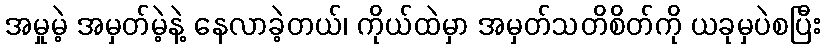
အမှုမဲ့ အမှတ်မဲ့နဲ့ နေလာခဲ့တယ်၊ ကိုယ်ထဲမှာ အမှတ်သတိစိတ်ကို ယခုမှပဲစပြီး